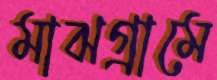
মাঝগ্রামে